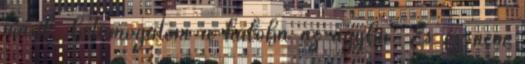
másik, betámogatom a hálóba az ágyba. És ez nem